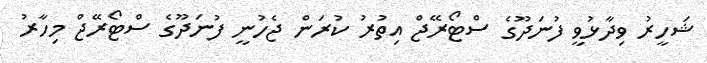
ޝަހީރު ވިދާޅުވީ ފުނަދޫގެ ސްޓޯރޭޖް އިތުރު ކުރަން ޖެހުނީ ފުނަދޫގެ ސްޓޯރޭޖް މިހާރު